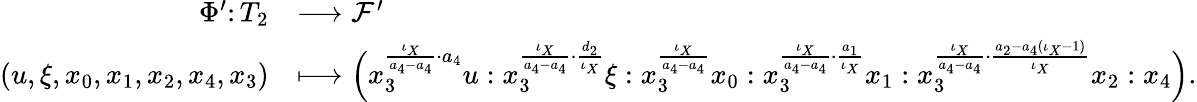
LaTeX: \begin{array}{rl}{\Phi^{\prime}\colon T_{2}}&{\longrightarrow\mathcal{F}^{\prime}}\\ {(u,\xi,x_{0},x_{1},x_{2},x_{4},x_{3})}&{\longmapsto\Big(x_{3}^{\frac{\iota_{X}}{a_{4}-a_{4}}\cdot a_{4}}u:x_{3}^{\frac{\iota_{X}}{a_{4}-a_{4}}\cdot\frac{d_{2}}{\iota_{X}}}\xi:x_{3}^{\frac{\iota_{X}}{a_{4}-a_{4}}}x_{0}:x_{3}^{\frac{\iota_{X}}{a_{4}-a_{4}}\cdot\frac{a_{1}}{\iota_{X}}}x_{1}:x_{3}^{\frac{\iota_{X}}{a_{4}-a_{4}}\cdot\frac{a_{2}-a_{4}(\iota_{X}-1)}{\iota_{X}}}x_{2}:x_{4}\Big).}\end{array}